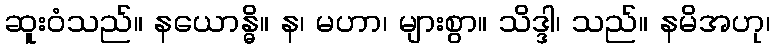
ဆူးဝံသည်။ နယောန္ဓိ။ န၊ မဟာ၊ များစွာ။ သိဒ္ဒါ၊ သည်။ နမိအဟု၊